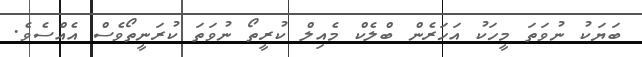
ބަޔަކު ނުވަތަ މީހަކު އަހަރެން ބްލެކް މެއިލް ކުރީތޯ ނުވަތަ ކުރަނީތޯވެސް އެއްސެވެ.